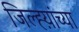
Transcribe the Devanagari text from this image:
जिल्ह्य़ांच्या